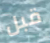
قبل